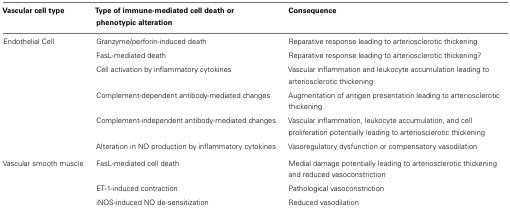
<table><thead><tr><td><b>Vascular cell type</b></td><td><b>Type of immune-mediated cell death or phenotypic alteration</b></td><td><b>Consequence</b></td></tr></thead><tbody><tr><td>Endothelial Cell</td><td>Granzyme/perforin-induced death</td><td>Reparative response leading to arteriosclerotic thickening</td></tr><tr><td></td><td>FasL-mediated death</td><td>Reparative response leading to arteriosclerotic thickening?</td></tr><tr><td></td><td>Cell activation by inflammatory cytokines</td><td>Vascular inflammation and leukocyte accumulation leading to arteriosclerotic thickening</td></tr><tr><td></td><td>Complement-dependent antibody-mediated changes</td><td>Augmentation of antigen presentation leading to arteriosclerotic thickening</td></tr><tr><td></td><td>Complement-independent antibody-mediated changes</td><td>Vascular inflammation, leukocyte accumulation, and cell proliferation potentially leading to arteriosclerotic thickening</td></tr><tr><td></td><td>Alteration in NO production by inflammatory cytokines</td><td>Vasoregulatory dysfunction or compensatory vasodilation</td></tr><tr><td>Vascular smooth muscle</td><td>FasL-mediated cell death</td><td>Medial damage potentially leading to arteriosclerotic thickening and reduced vasoconstriction</td></tr><tr><td></td><td>ET-1-induced contraction</td><td>Pathological vasoconstriction</td></tr><tr><td></td><td>iNOS-induced NO de-sensitization</td><td>Reduced vasodilation</td></tr></tbody></table>